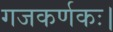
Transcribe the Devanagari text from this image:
गजकर्णकः।